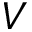
V